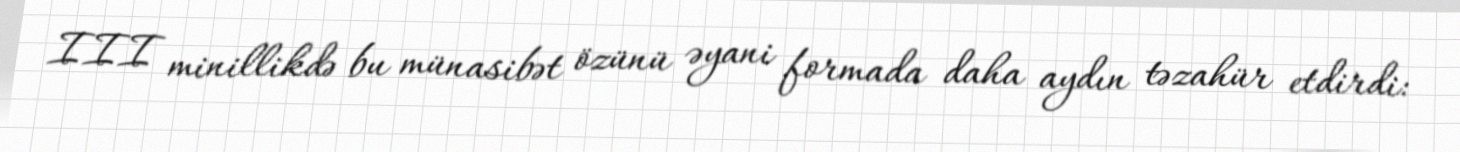
III minillikdə bu münasibət özünü əyani formada daha aydın təzahür etdirdi: